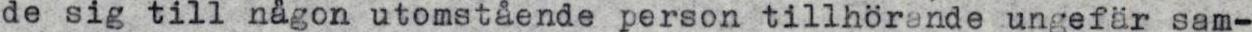
de sig till någon utomstäende person tillhörande ungefär sam-